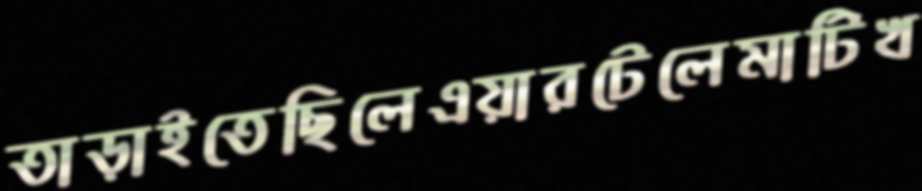
তাড়াইতেছিলেএয়ারটেলেমাটিখ